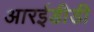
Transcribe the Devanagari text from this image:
आरईडीडी